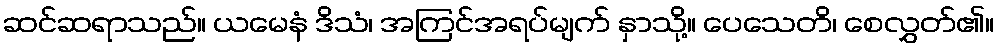
ဆင်ဆရာသည်။ ယမေနံ ဒိသံ၊ အကြင်အရပ်မျက် နှာသို့။ ပေသေတိ၊ စေလွှတ်၏။